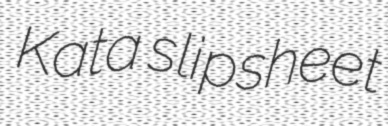
Kata slipsheet